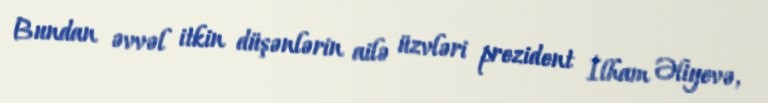
Bundan əvvəl itkin düşənlərin ailə üzvləri prezident İlham Əliyevə,